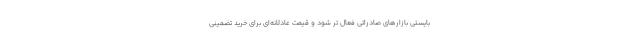
بایستی بازارهای صادراتی فعال تر شود و قیمت عادلانه‌ای برای خرید تضمینی